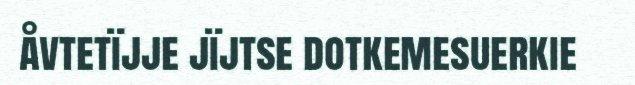
åvtetïjje jïjtse dotkemesuerkie